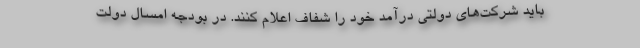
باید شرکت‌های دولتی درآمد خود را شفاف اعلام کنند. در بودجه امسال دولت